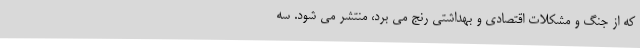
که از جنگ و مشکلات اقتصادی و بهداشتی رنج می برد، منتشر می شود. سه